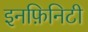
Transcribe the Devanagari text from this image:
इनफ़िनिटी